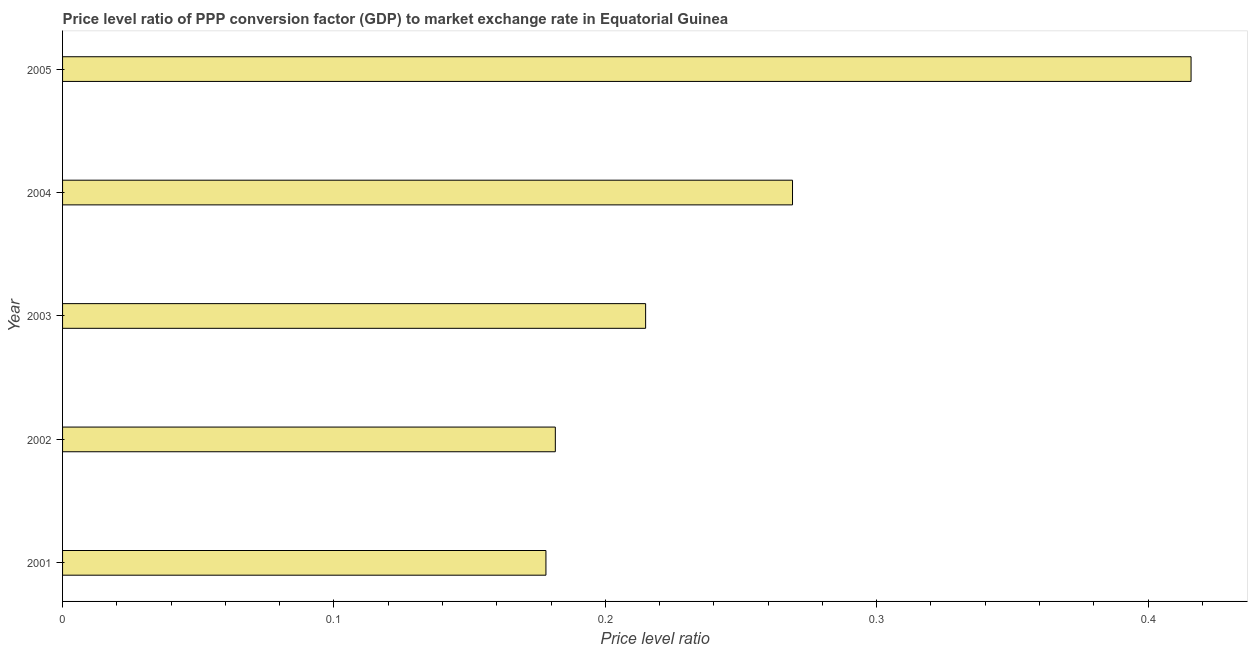
| Year | Price level ratio |
 | --- | --- |
 | 2001 | 0.178 |
 | 2002 | 0.182 |
 | 2003 | 0.215 |
 | 2004 | 0.269 |
 | 2005 | 0.416 |